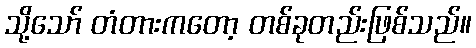
သို့သော် တံတားကတော့ တစ်ခုတည်းဖြစ်သည်။